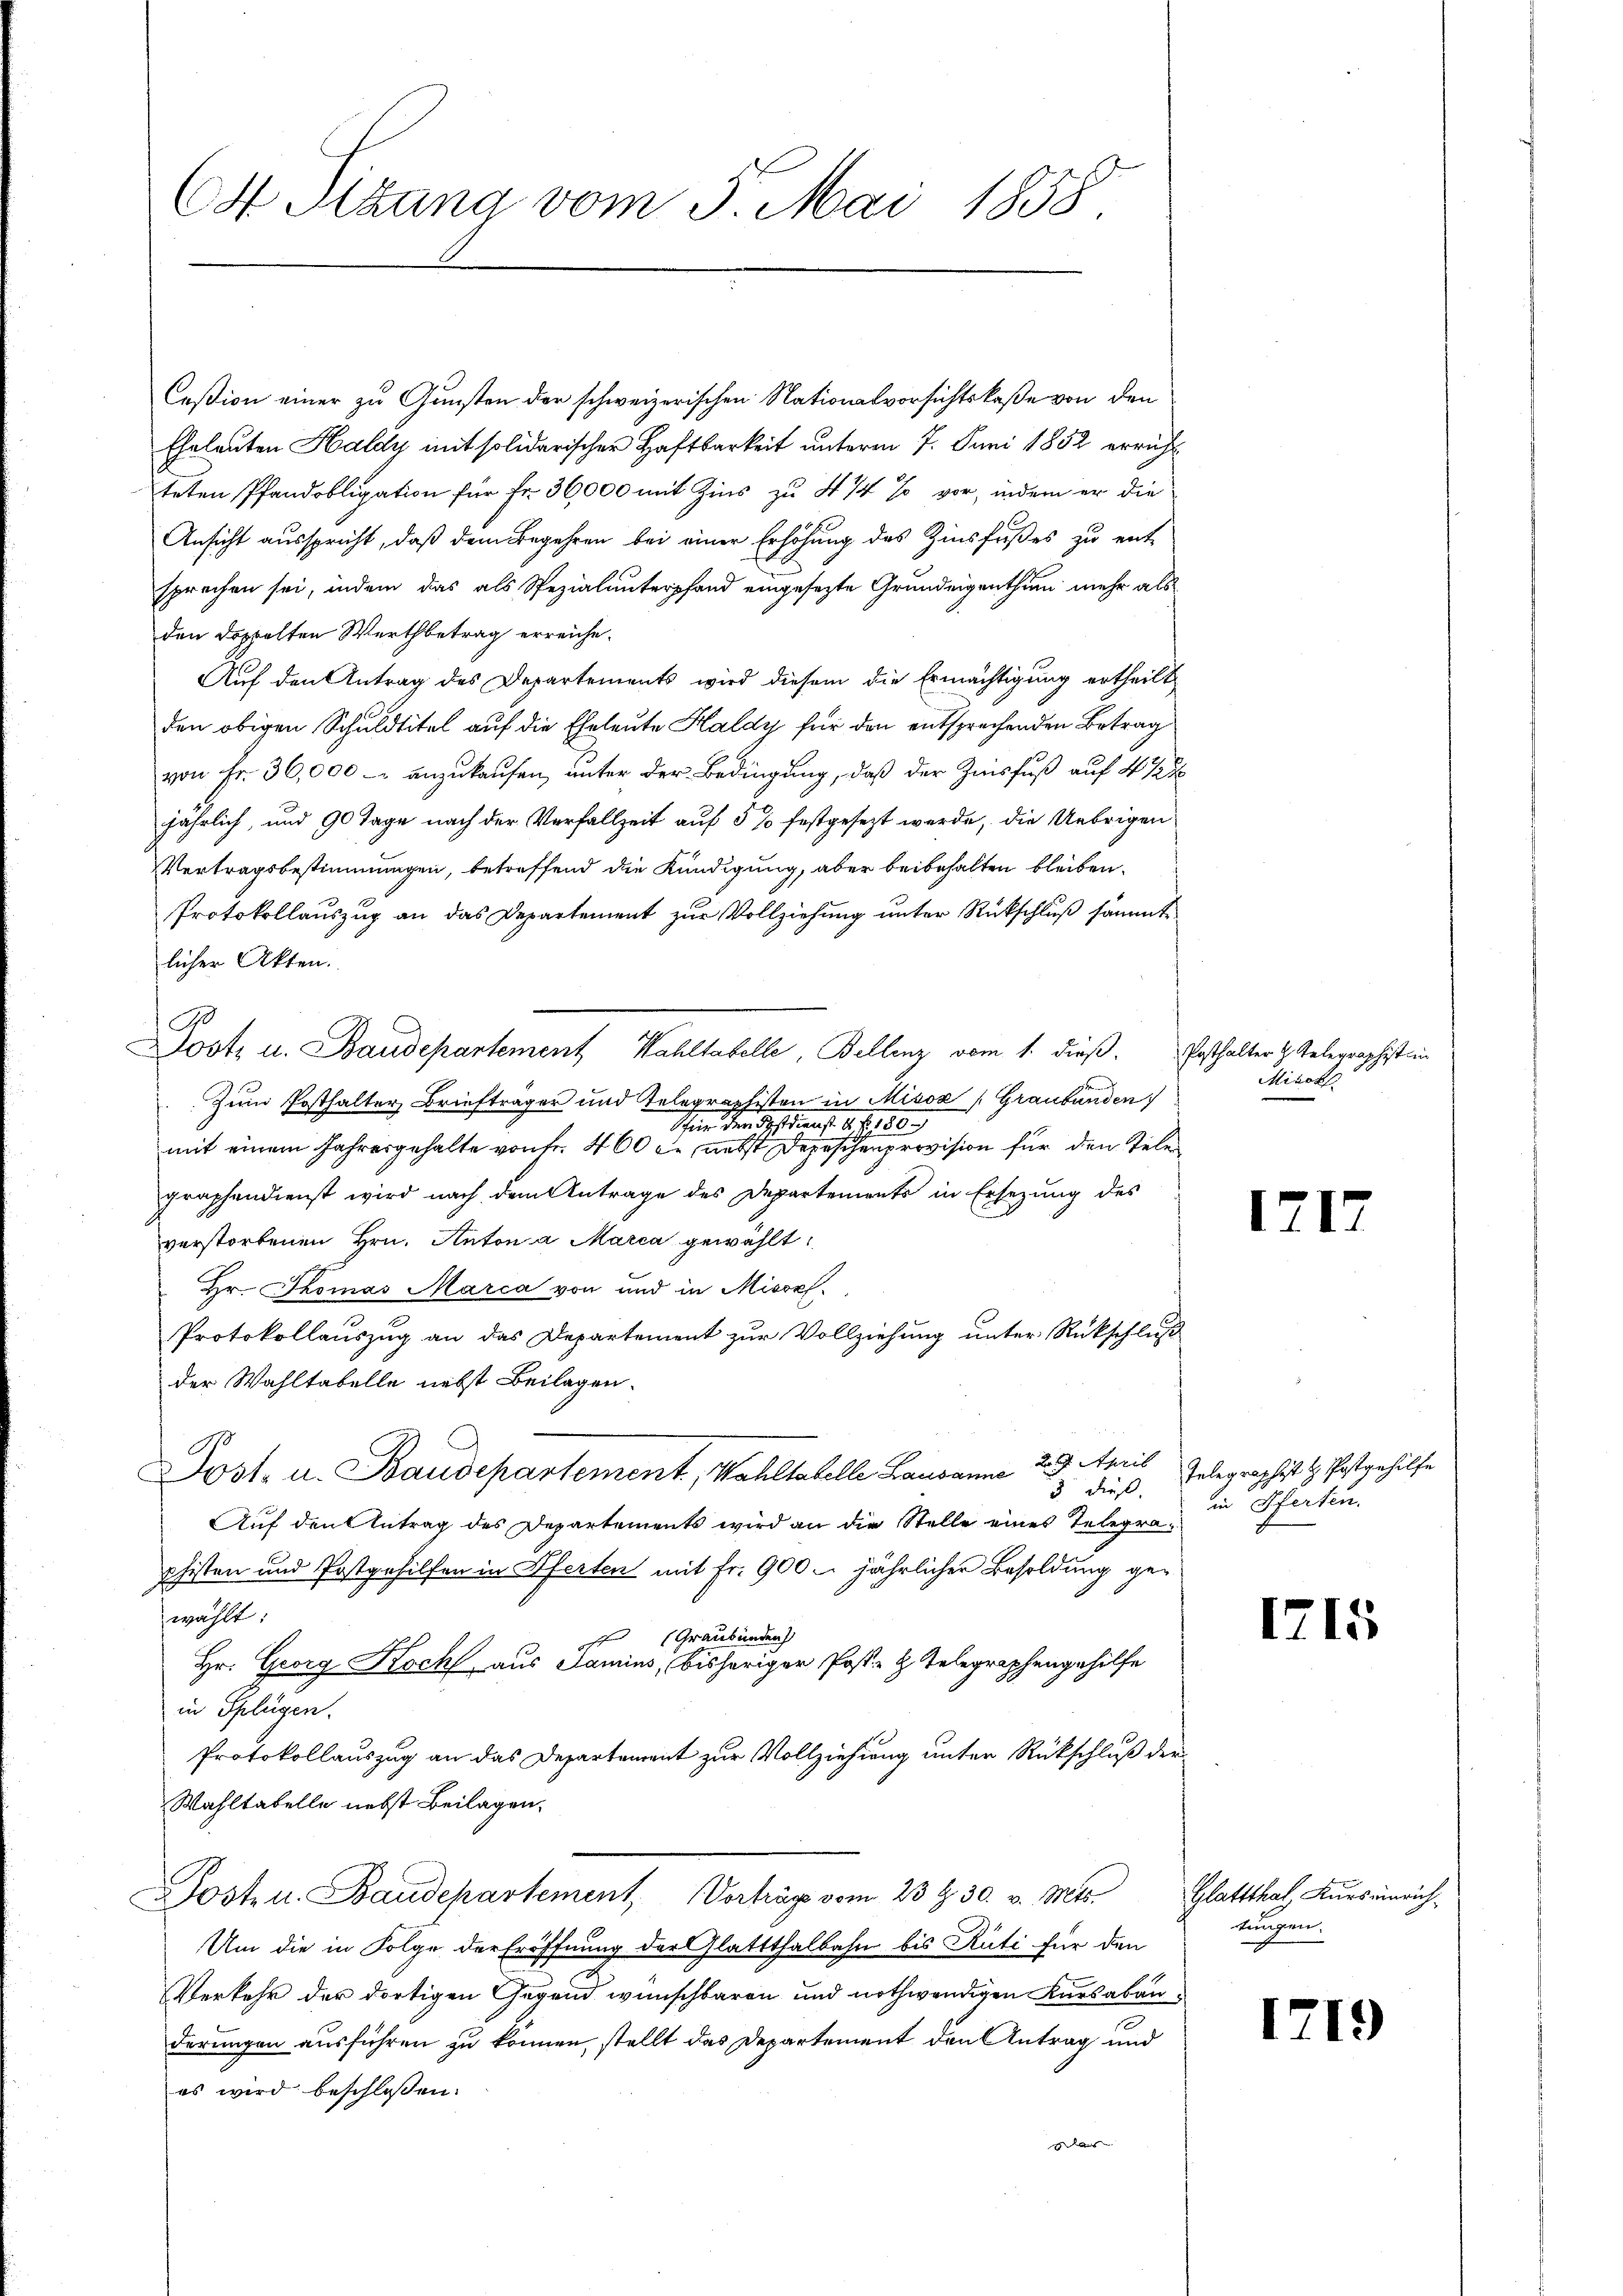
C Sitzung vom 5. Mai 1858

Ceßion einer zu Gunsten der schweizerischen Nationalvorsichtskaße von den
Eheleuten Haldy mit solidarischer Haftbarkeit unterm 7. Juni 1852 erricht
teten Pfandobligation für Fr. 36,000 mit Zins zu 4 1/4 % vor, indem er die
Ansicht ausspricht, daß dem Begehren bei einer Erhöhung des Zinsfußes zu entsprechen sei, indem das als Spezialunterpfand eingesezte Grundeigenthum mehr als
den Doppelten Werthbetrag erreiche¬
Auf den Antrag des Departements wird diesem die Ermächtigung ertheilt,
den obigen Schuldtitel auf die Eheleute Haldy für den entsprechenden Betrag
von Fr. 36,000 - anzukaufen, unter der Bedingung, daß der Zinsfuß auf 4 %
jährlich, und 90 Tage nach der Verfallzeit auf 5 % festgesezt werde, die Uebrigen
Vertragsbestimmungen, betreffend die Kündigung, aber beibehalten bleiben.
Protokollauszug an das Departement zur Vollziehung unter Rückschluß sämmte
licher Akten.
Zum Posthalter Briefträger und Telegraphisten in Misox (Graubünden
Schen der Bediens. 1. f. 180
mit einem Jahresgehalte von Fr. 460 f., nebst Depeschenprovision für den Tele
graphendienst wird nach dem Antrage des Departements in Ersezung des
verstorbenen Hrn. Anton a Marca gewählt
Hr. Thomas Marca von und in Misox
Protokollauszug an das Departement zur Vollziehung unter Rückschluß
der Wahltabelle nebst Beilagen.
Post- u. Baudepartement, Mahltatelle Lausanna 29. April
3 dieß,
Auf den Antrag des Departements wird an die Stelle eines Telegraphisten und Postgehilfen in Pferten mit Fr. 900 u. jährlicher Besoldung gewählt:
 (Graubünden
Hr. Georg Koch aus Samins, bisheriger Post- & Telegraphengehilfe
in Splügen.
Protokollauszug an das Departement zur Vollziehung unter Rückschluß der
Wahltabelle nebst Beilagen,
Posten. Baudepartement, Vorträge vom 23 t 30. v. Mts.
Um die in Folge der Eröffnung der Glattthalbahn bis Rüti für den
Verkehr der dortigen Gegend wünschbaren und nothwendigen Kursabänderungen ausführen zu können, stellt das Departement den Antrag und
es wird beschlossen:
as

ost u. Baudepartement Kahltabelle, Bellenz vom 1. dieß.

Posthalter H. Gelegraphist in
Mirckh

1

21

Telegraphist H. Postgehilfe
in Pferten.

1715

Glattthal, Kurs einrichtungen.

1719